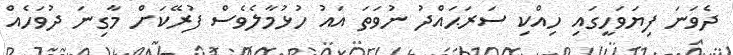
ދެވަނަ ފިޔަވަހީގައި ހިއްކި ސަރަޙައްދު ނުވަތަ އައު ހުޅުމާލެވެސް ފުރޭކަށް މާގިނަ ދުވަހެއް